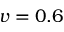
v = 0 . 6